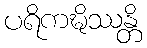
ပရိကဍ္ဎိဿန္တိ